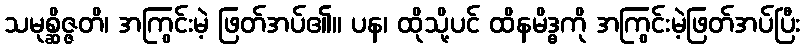
သမုစ္ဆိဇ္ဇတိ၊ အကြွင်းမဲ့ ဖြတ်အပ်၏။ ပန၊ ထိုသို့ပင် ထိနမိဒ္ဓကို အကြွင်းမဲ့ဖြတ်အပ်ပြီး